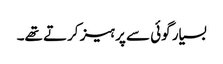
بسیار گوئی سے پرہیز کرتے تھے۔